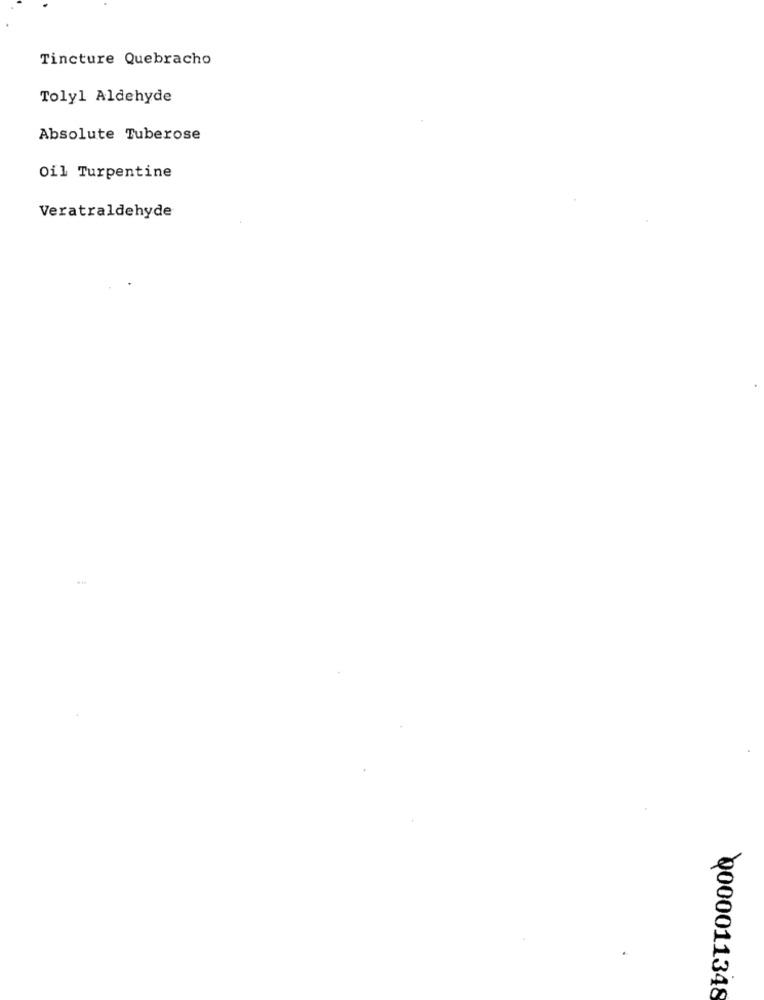
Tincture Quebracho
Toly1 Aldehyde
Absolute Tuberose
Oil Turpentine
Veratraldehyde
0000011348